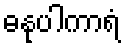
ဓနုပါကာရံ